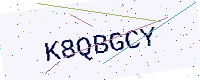
Text: K8QBGCY